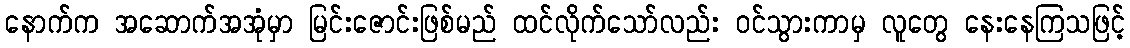
နောက်က အဆောက်အအုံမှာ မြင်းဇောင်းဖြစ်မည် ထင်လိုက်သော်လည်း ဝင်သွားကာမှ လူတွေ နေးနေကြသဖြင့်